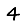
Digit: 4